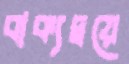
বাক্যদ্বয়ে